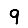
Digit: 9